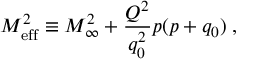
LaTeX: M _ { \mathrm { e f f } } ^ { 2 } \equiv M _ { \infty } ^ { 2 } + { \frac { Q ^ { 2 } } { q _ { 0 } ^ { 2 } } } p ( p + q _ { 0 } ) \; ,